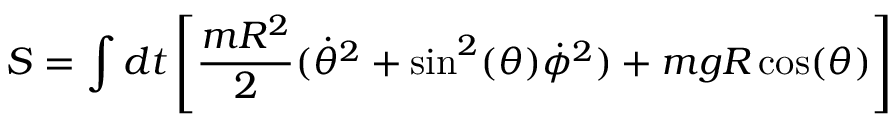
S = \int d t \left[ { \frac { m R ^ { 2 } } { 2 } } ( { \dot { \theta } } ^ { 2 } + \sin ^ { 2 } ( \theta ) { \dot { \phi } } ^ { 2 } ) + m g R \cos ( \theta ) \right]